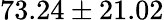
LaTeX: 73.24\pm 21.02